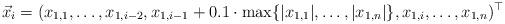
LaTeX: \begin{align*}\vec{x}_i = (x_{1,1}, \dots, x_{1,i-2}, x_{1,i-1} + 0.1\cdot\max\{|x_{1,1}|, \dots, |x_{1,n}|\}, x_{1,i}, \dots, x_{1,n})^\top \end{align*}